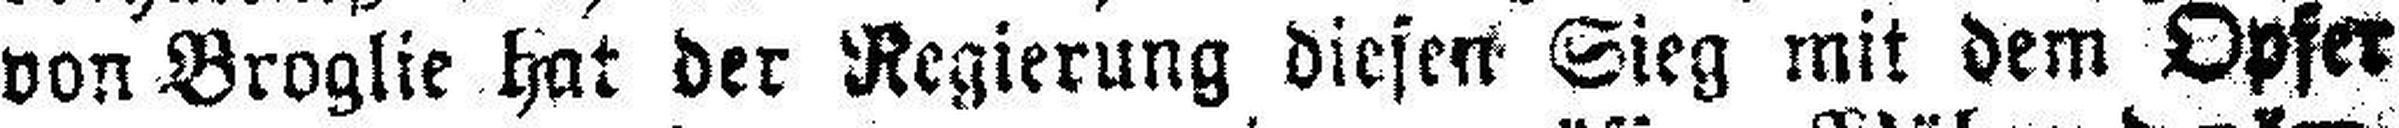
von Broglie hat der Regierung diesen Sieg mit dem Opfer